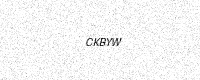
Text: CKBYW